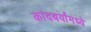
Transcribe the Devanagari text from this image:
कांदबर्यांमध्ये